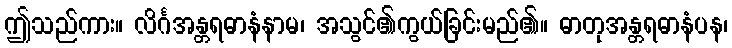
ဤသည်ကား။ လိင်္ဂအန္တရဓာနံနာမ၊ အသွင်၏ကွယ်ခြင်းမည်၏။ ဓာတုအန္တရဓာနံပန၊